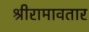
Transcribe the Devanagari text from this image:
श्रीरामावतार